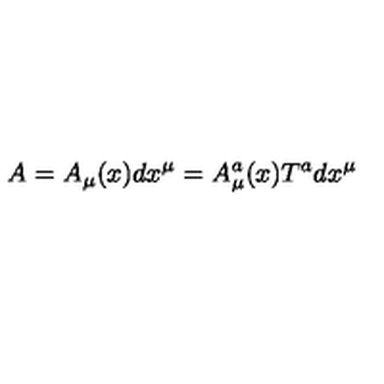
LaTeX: A = A _ { \mu } ( x ) d x ^ { \mu } = A _ { \mu } ^ { a } ( x ) T ^ { a } d x ^ { \mu }